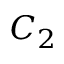
C _ { 2 }